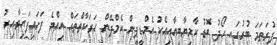
ފުރަތަމަ ބުރުގައި ހޯދު ބޮޑު ކާމިޔާބީއާއިއެކު އެމްޑީޕީން ކެމްޕޭން ހަރަކާތްތައް އިއްޔެ ފަށައިފައިވާއިރު